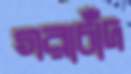
গরাচাঁদ